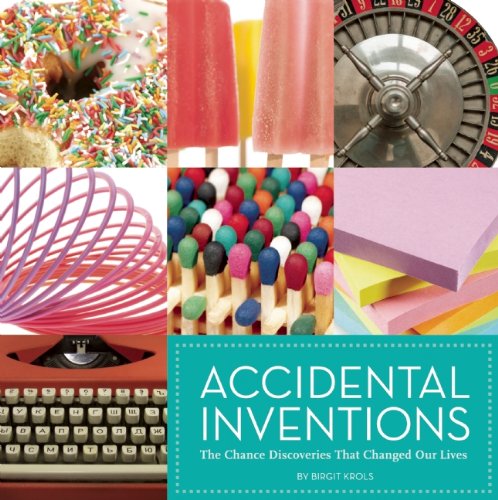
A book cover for Accidental Inventions: The Chance Discoveries That Changed Our Lives; Birgit Krols; Humor & Entertainment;